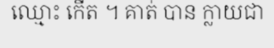
ឈ្មោះ កើត ។ គាត់ បាន ក្លាយជា